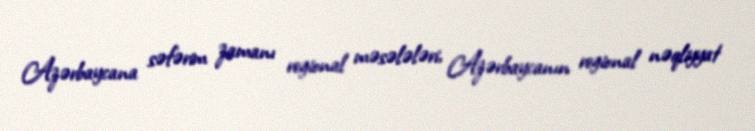
Azərbaycana səfərim zamanı regional məsələləri, Azərbaycanın regional nəqliyyat